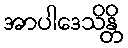
အာပါဒေသိန္တိ